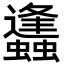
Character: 蠭